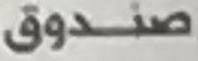
صندوق